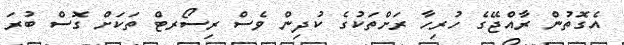
އެގޮތުން ރާއްޖޭގެ ހުރިހާ ރަށްތަކުގެ ކުދިން ވެސް ރިސޯރޓް ތަކަށް ގޮސް ބުރަ